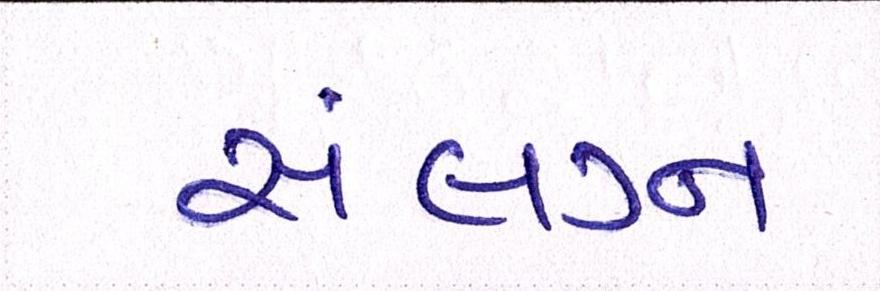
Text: સંલગ્ન